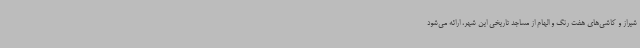
شیراز و کاشی‌های هفت رنگ و الهام از مساجد تاریخی این شهر، ارائه می‌شود